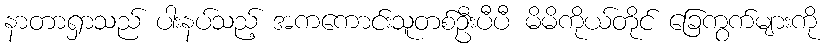
နာတာရှာသည် ပါးနပ်သည့် အကကောင်းသူတစ်ဦးပီပီ မိမိကိုယ်တိုင် ခြေကွက်များကို